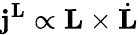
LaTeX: \mathbf{j}^{\mathbf{L}}\propto\mathbf{L}\times\dot{\mathbf{L}}